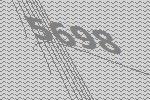
5698